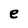
Character: e